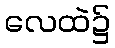
လေထဲ၌